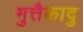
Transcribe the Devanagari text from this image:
मुत्तैकादु